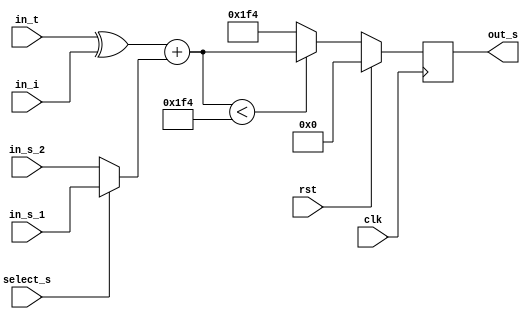

module pe
#(parameter THRESHOLD = 10'd500)
(
	clk,
	rst,	
	out_s,
	in_t,
	in_i,
	select_s,
	in_s_1,
	in_s_2
);

	output[9:0] out_s;


	input clk;
	input rst;
	input in_t;
	input in_i;
	input select_s;
	input [9:0] in_s_1;
	input [9:0] in_s_2;

	wire in_adder_1;
	wire [9:0] in_adder_2;
	wire [9:0] out_adder;
	wire out_comp;
	wire [9:0] in_reg;
	wire [9:0] in_register;

	reg [9:0] register_value;

	always @(posedge clk) begin
		if (rst) begin
			register_value <= 10'd0;
		end
		else begin
			register_value <= in_register;
		end
	end

	assign in_adder_1 = in_t ^ in_i;

	assign in_adder_2 = select_s ? in_s_1 : in_s_2;

	assign out_adder = in_adder_1 + in_adder_2;

	assign out_comp = out_adder < THRESHOLD;

	assign in_register = out_comp ? out_adder : THRESHOLD ;

	assign out_s = register_value;

endmodule